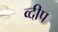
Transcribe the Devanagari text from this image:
व्दीप